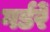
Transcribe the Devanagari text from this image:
गर्डरें